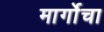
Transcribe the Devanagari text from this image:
मार्गोचा